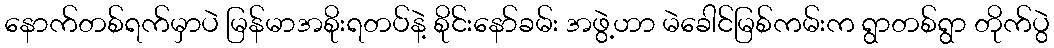
နောက်တစ်ရက်မှာပဲ မြန်မာအစိုးရတပ်နဲ့ စိုင်းနော်ခမ်း အဖွဲ့ဟာ မဲခေါင်မြစ်ကမ်းက ရွာတစ်ရွာ တိုက်ပွဲ